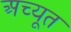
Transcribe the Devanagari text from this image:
अच्यूत